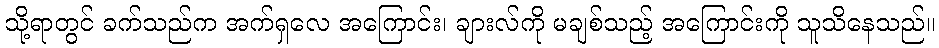
သို့ရာတွင် ခက်သည်က အက်ရှလေ အကြောင်း၊ ချားလ်ကို မချစ်သည့် အကြောင်းကို သူသိနေသည်။